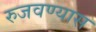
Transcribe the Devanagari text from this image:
रुजवण्यास